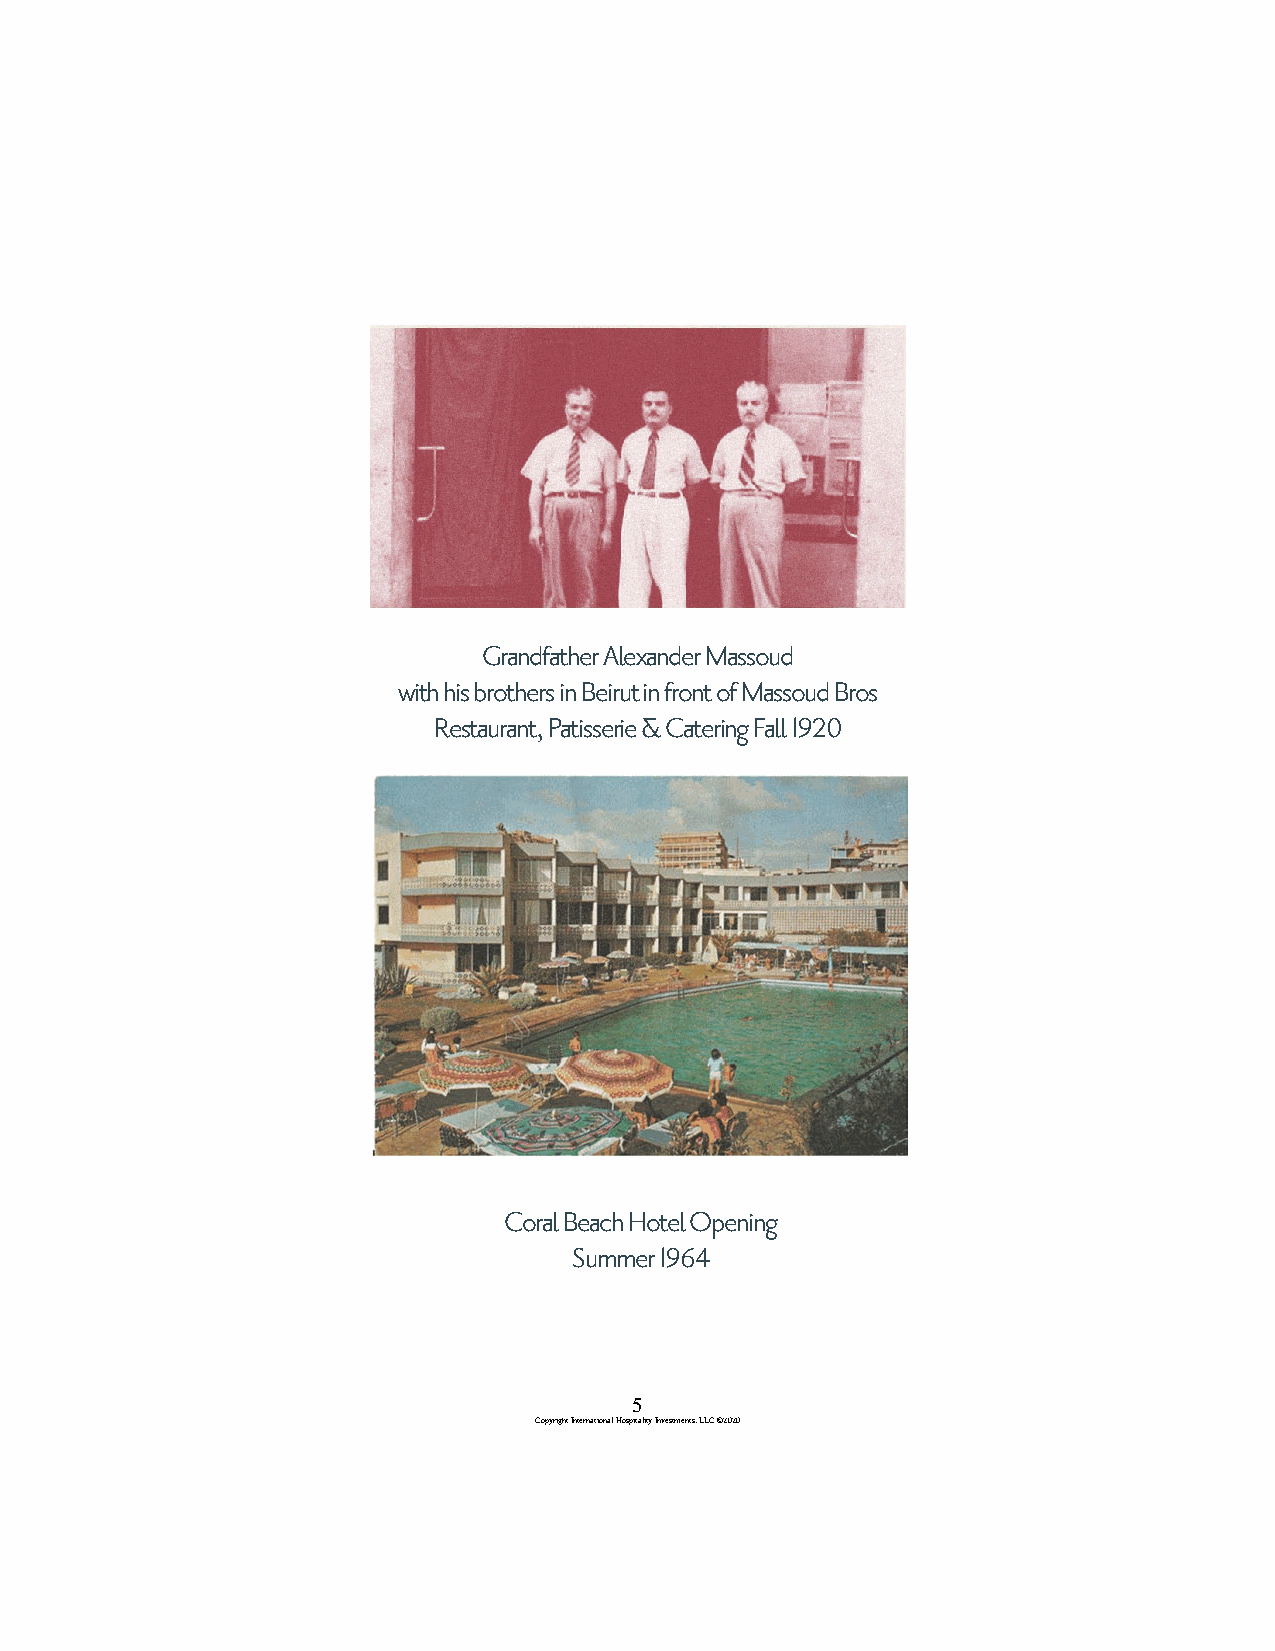
Grandfather Alexander Massoud
 with his brothers in Beirut in front of Massoud Bros
 Restaurant, Patisserie & Catering Fall 1920
 Coral Beach Hotel Opening
 Summer 1964
 5
 Copyright International Hospitality Investments, LLC ©2020